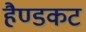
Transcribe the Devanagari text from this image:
हैण्डकट